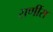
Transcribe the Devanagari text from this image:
राणींस